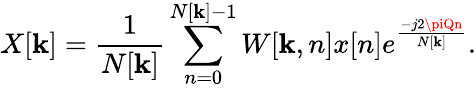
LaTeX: X[\mathbf{k}]={\frac{{1}}{{N[\mathbf{k}]}}}\sum_{n=0}^{N[\mathbf{k}]-1}W[\mathbf{k},n]x[n]e^{\frac{{-j2\piQn}}{{N[\mathbf{k}]}}}.